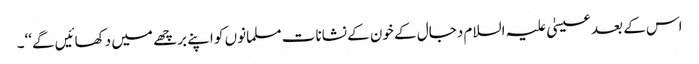
اس کے بعد عیسیٰ علیہ السلام دجال کے خون کے نشانات مسلمانوں کو اپنے برچھے میں دکھائیں گے‘‘۔